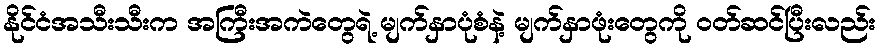
နိုင်ငံအသီးသီးက အကြီးအကဲတွေရဲ့ မျက်နှာပုံစံနဲ့ မျက်နှာဖုံးတွေကို ဝတ်ဆင်ပြီးလည်း